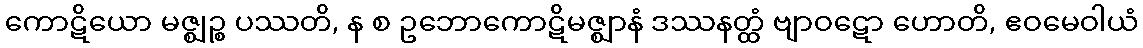
ကောဋိယော မဇ္ဈဉ္စ ပဿတိ, န စ ဥဘောကောဋိမဇ္ဈာနံ ဒဿနတ္ထံ ဗျာဝဋော ဟောတိ, ဧဝမေဝါယံ